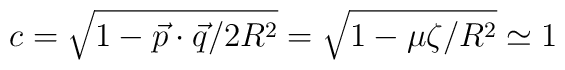
c = \sqrt{1 - {{\vec p} \cdot {\vec q} / 2 R^2}} = \sqrt{1 - {\mu \zeta / R^2}} \simeq 1